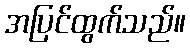
အပြင်ထွက်သည်။